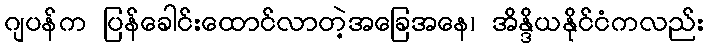
ဂျပန်က ပြန်ခေါင်းထောင်လာတဲ့အခြေအနေ၊ အိန္ဒိယနိုင်ငံကလည်း